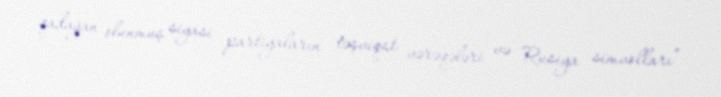
qadağan olunmuş siyasi partiyaların təşviqat vərəqələri və Rusiya simvolları”